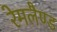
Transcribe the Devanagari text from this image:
रेमलैण्ड